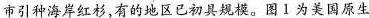
市引种海岸红杉，有的地区已初具规模。图1为美国原生